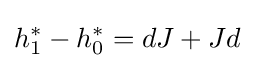
h_{1}^{*}-h_{0}^{*}=dJ+Jd